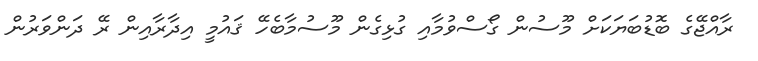
ރާއްޖޭގެ ބޮޑުބަޔަކަށް މޫސުން ގޯސްވުމާއި ގުޅިގެން މޫސުމާބެހޭ ޤައުމީ އިދާރާއިން ރޭ ދަންވަރުން